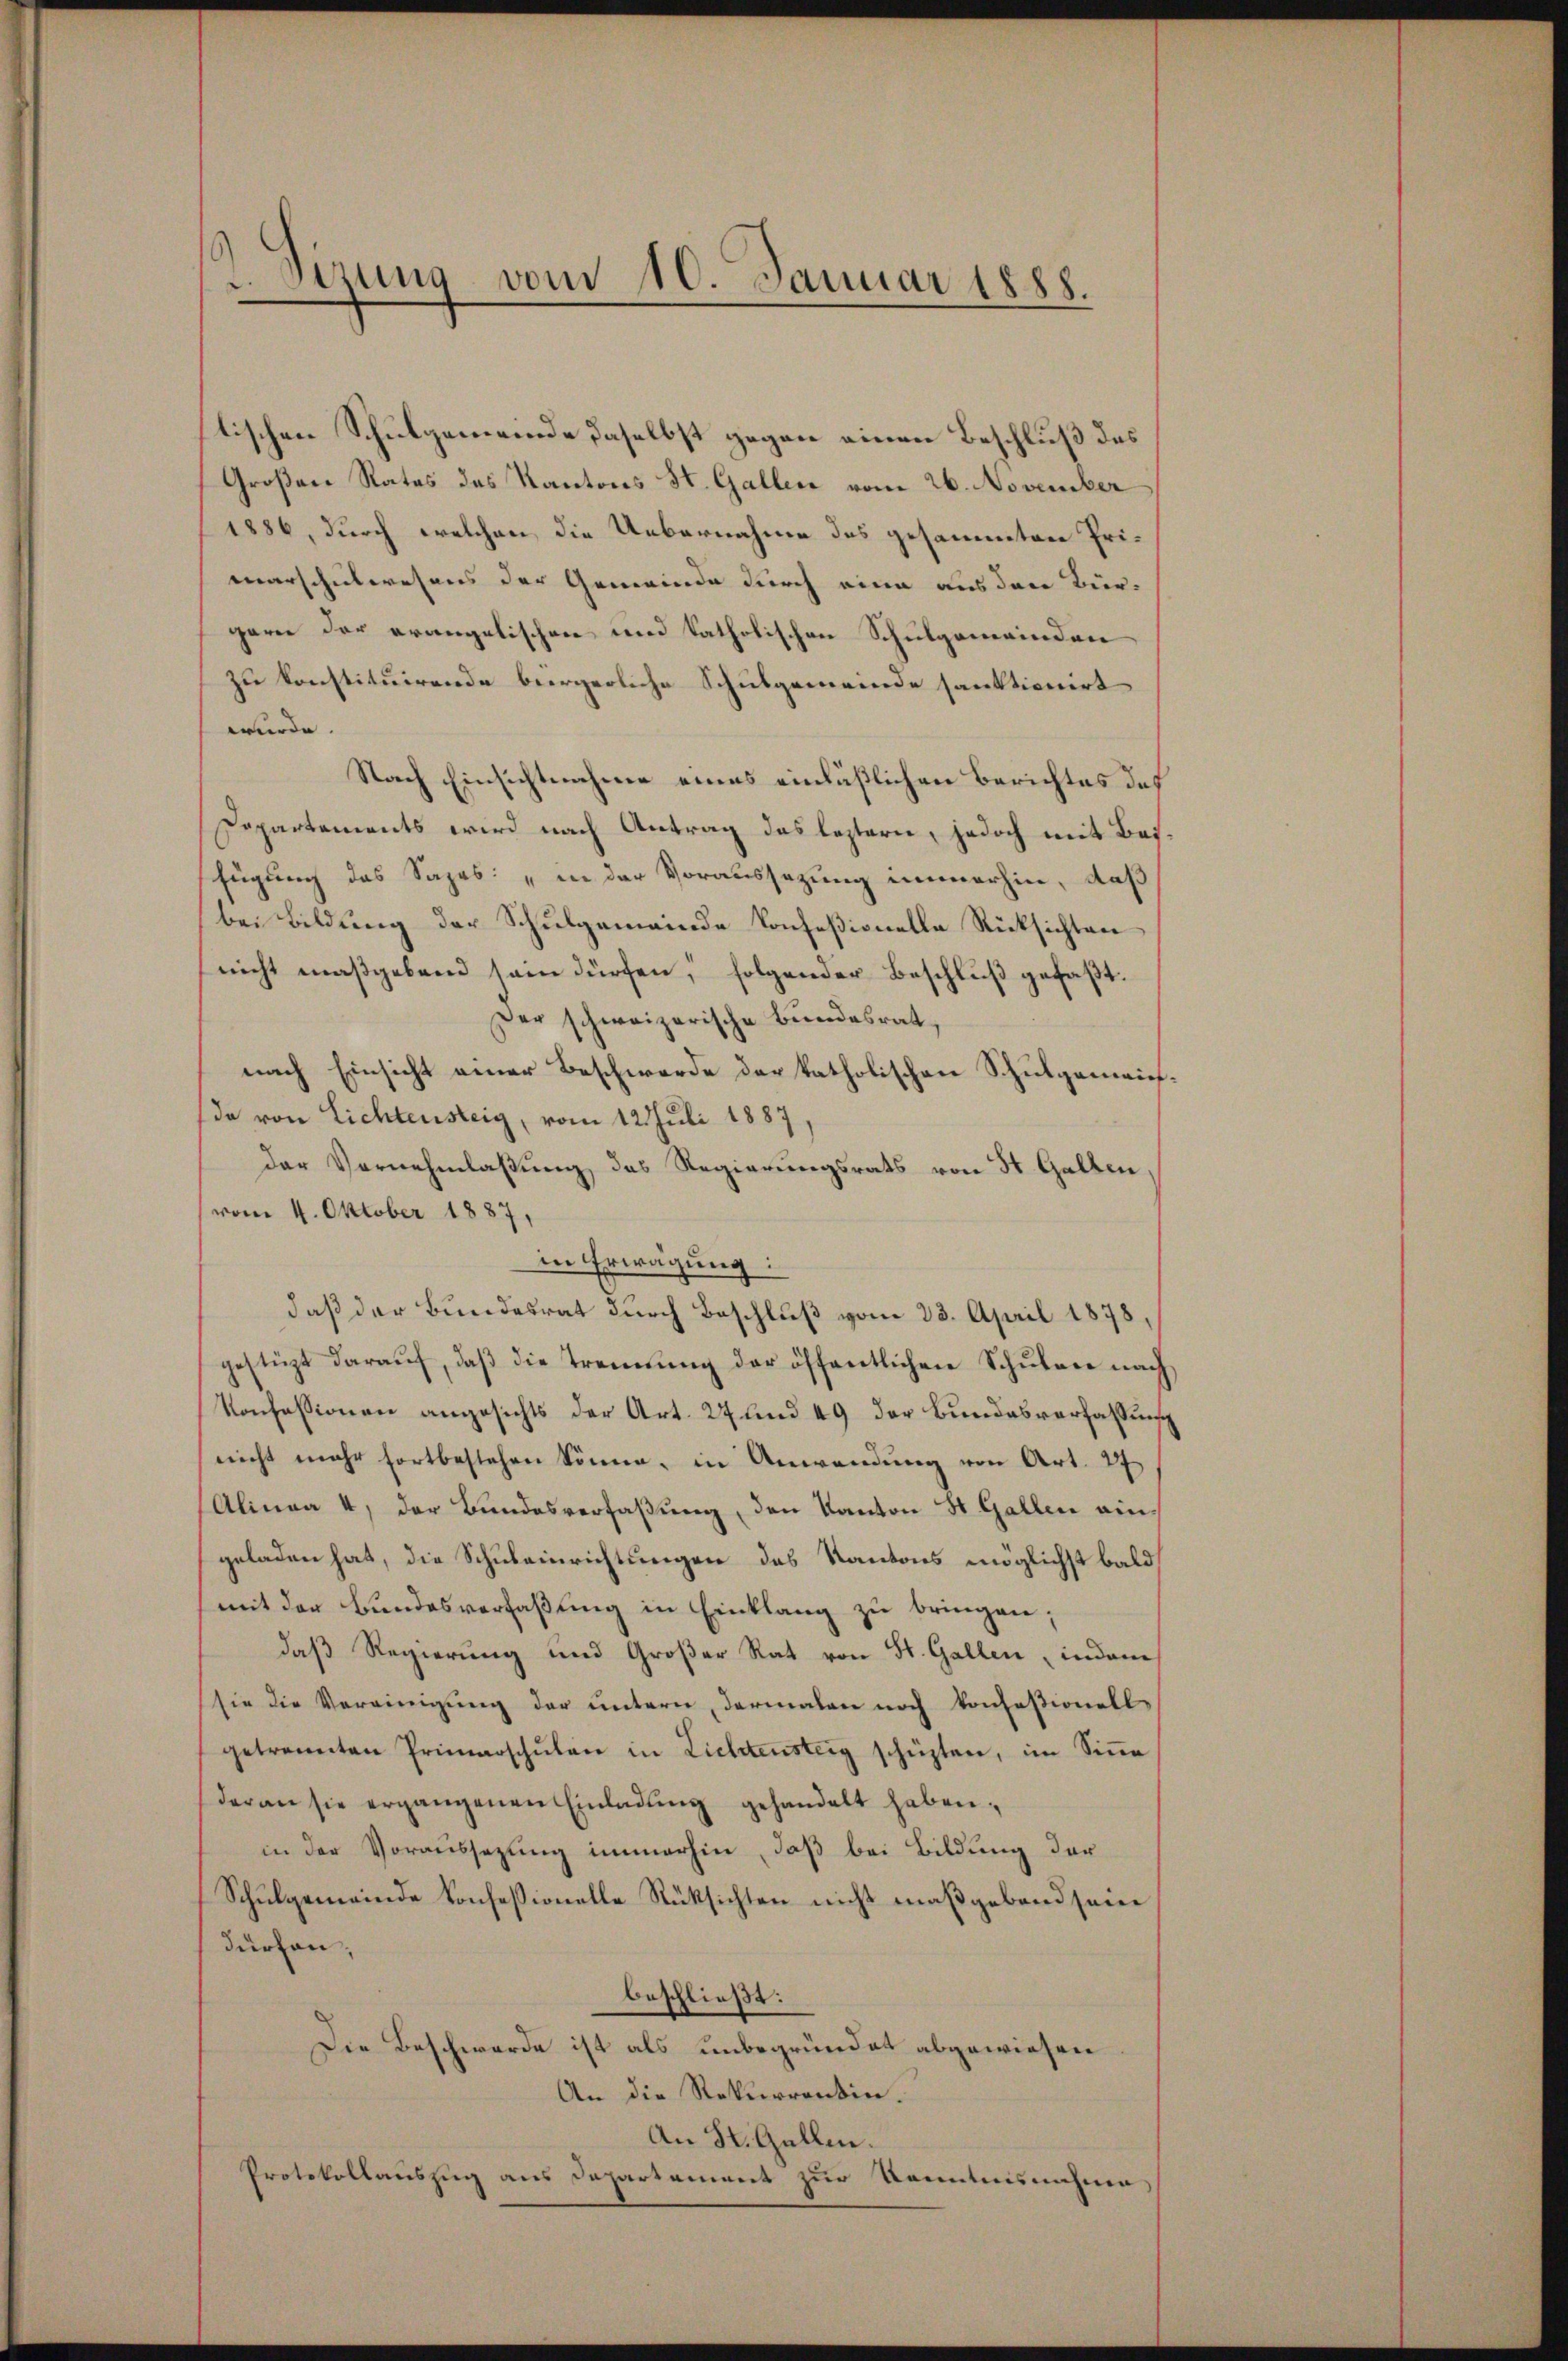
t. Sizung vom 10. Januar 1888.

stischen Schulgemeinde daselbst gegen einen Beschluß des
Großen Rates des Kantons St. Gallen vom 26. November
1886, durch welchen die Uebernahme des gesammten Primarschulwesens der Gemeinde durch eine aus der Bürgern der evangelischen und katholischen Schulgemeinden
zu konstituirende beergerliche Schulgemeinde sanktionirt
würde.
Nach Einsichtnahme eines einläßlichen Berichtes des
Departements wird nach Antrag das leztern, jedoch mit Besfügung des Sapas: „in der Voraussezung immerhin, daß
bei Bildung der Schulgemeinde Konfeßionelle Rücksichten
nicht maßgebend sein dürfen, folgender Beschluß gefaßt.
Der schweizerische Bundesrat,
nach Einsicht einer Beschwerde der katholischen Schulgemein¬
(da von Lichtensteig, vom 12. Juli 1887
der Vernehmlassung des Regierungsrats von St. Gallen,
vom 4. Oktober 1887,
in Erwägung:
daß der Bundesrat durch Beschluß vom 23. April 1878
gestüzt darauf, daß die Trennung der öffentlichen Schulen nach
Konfessionen angesichts der Art. 27 und 49 der Bundesverfassung
nicht mehr fortbestehen könne, in Anwendung von Art. 27
Alinea 4, der Bundesverfaßung, den Kanton St. Gallen aingeladen hat, die Schuleinrichtungen des Kantons möglichst bald
mit der Bundesverfaßung in Einklang zu bringen;
daß Regierung und Großer Rat von St. Gallen indem
sie die Vereinigung der untern, dermalen noch konfestionell
getrennten Primarschŭlen in Lichtensteig schüzten, im Sina
daran sie ergangenen Einladŭng gehandelt haben,
in der Voraussezung immerhin, daß bei Bildung der
Schulgemeinde konfessionelle Rüksichten nicht maßgebend seine
dürfen,
beschließt:
Die Beschwerde ist als unbegründet abgewiesen
An die Rekurrentin.
An St. Gallen.
Protokollauszug aus Departement zur Kenntnisnahme,